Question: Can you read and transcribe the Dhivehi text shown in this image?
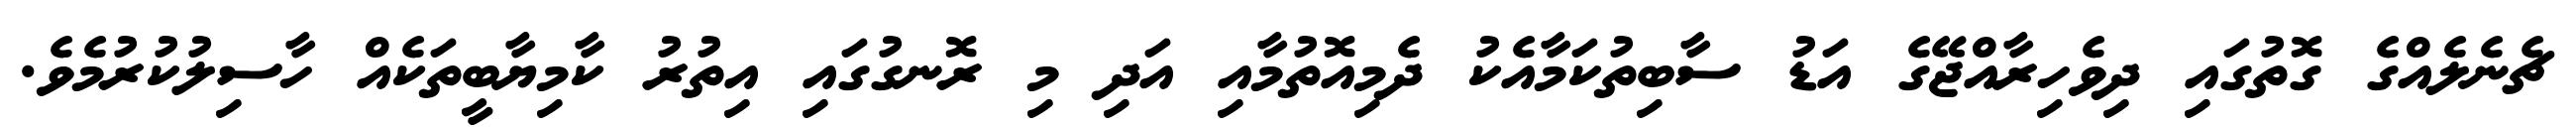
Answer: ޗެނެލެއްގެ ގޮތުގައި ދިވެހިރާއްޖޭގެ އަޑު ސާބިތުކަމާއެކު ދެމިއޮތުމާއި އަދި މި ރޮނގުގައި އިތުރު ކާމިޔާބީތަކެއް ހާސިލުކުރުމެވެ.